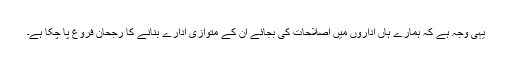
یہی وجہ ہے کہ ہمارے ہاں اداروں میں اصلاحات کی بجائے ان کے متوازی ادارے بنانے کا رجحان فروغ پا چکا ہے۔